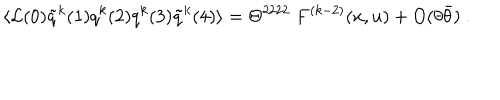
\langle { \cal L } ( 0 ) \tilde { q } ^ { k } ( 1 ) q ^ { k } ( 2 ) q ^ { k } ( 3 ) \tilde { q } ^ { k } ( 4 ) \rangle = \Theta ^ { 2 2 2 2 } \ F ^ { ( k - 2 ) } ( x , u ) + O ( \theta \bar { \theta } ) \; .